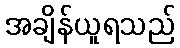
အချိန်ယူရသည်